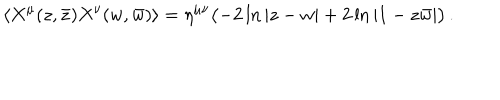
\langle X ^ { \mu } ( z , \bar { z } ) X ^ { \nu } ( w , \bar { w } ) \rangle = \eta ^ { \mu \nu } \bigl ( - 2 \ln | z - w | + 2 \ln | 1 - z \bar { w } | \bigr ) \, .